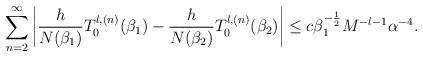
LaTeX: \begin{align*}\sum_{n=2}^{\infty}\left|\frac{h}{N(\beta_1)}T_0^{l,(n)}(\beta_1)-\frac{h}{N(\beta_2)}T_0^{l,(n)}(\beta_2)\right|\le c\beta_1^{-\frac{1}{2}}M^{-l-1}\alpha^{-4}.\end{align*}